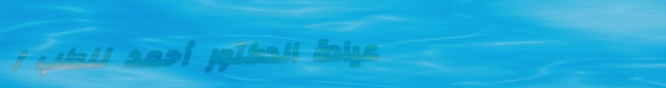
عيادة الدكتور أحمد للطب ا